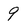
Character: 9